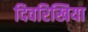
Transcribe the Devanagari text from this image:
दिवरिखिया